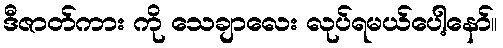
ဒီဇာတ်ကား ကို သေချာလေး လုပ်ရမယ်ပေါ့နော်။